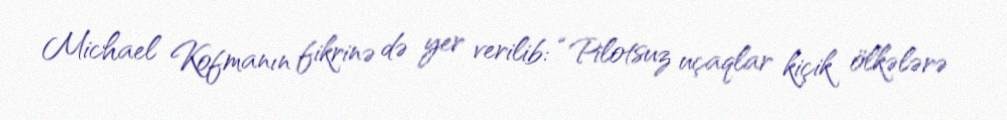
Michael Kofmanın fikrinə də yer verilib: “Pilotsuz uçaqlar kiçik ölkələrə